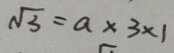
\sqrt { 3 } = a \times 3 \times 1